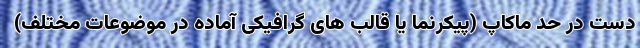
دست در حد ماکاپ (پیکرنما یا قالب های گرافیکی آماده در موضوعات مختلف)